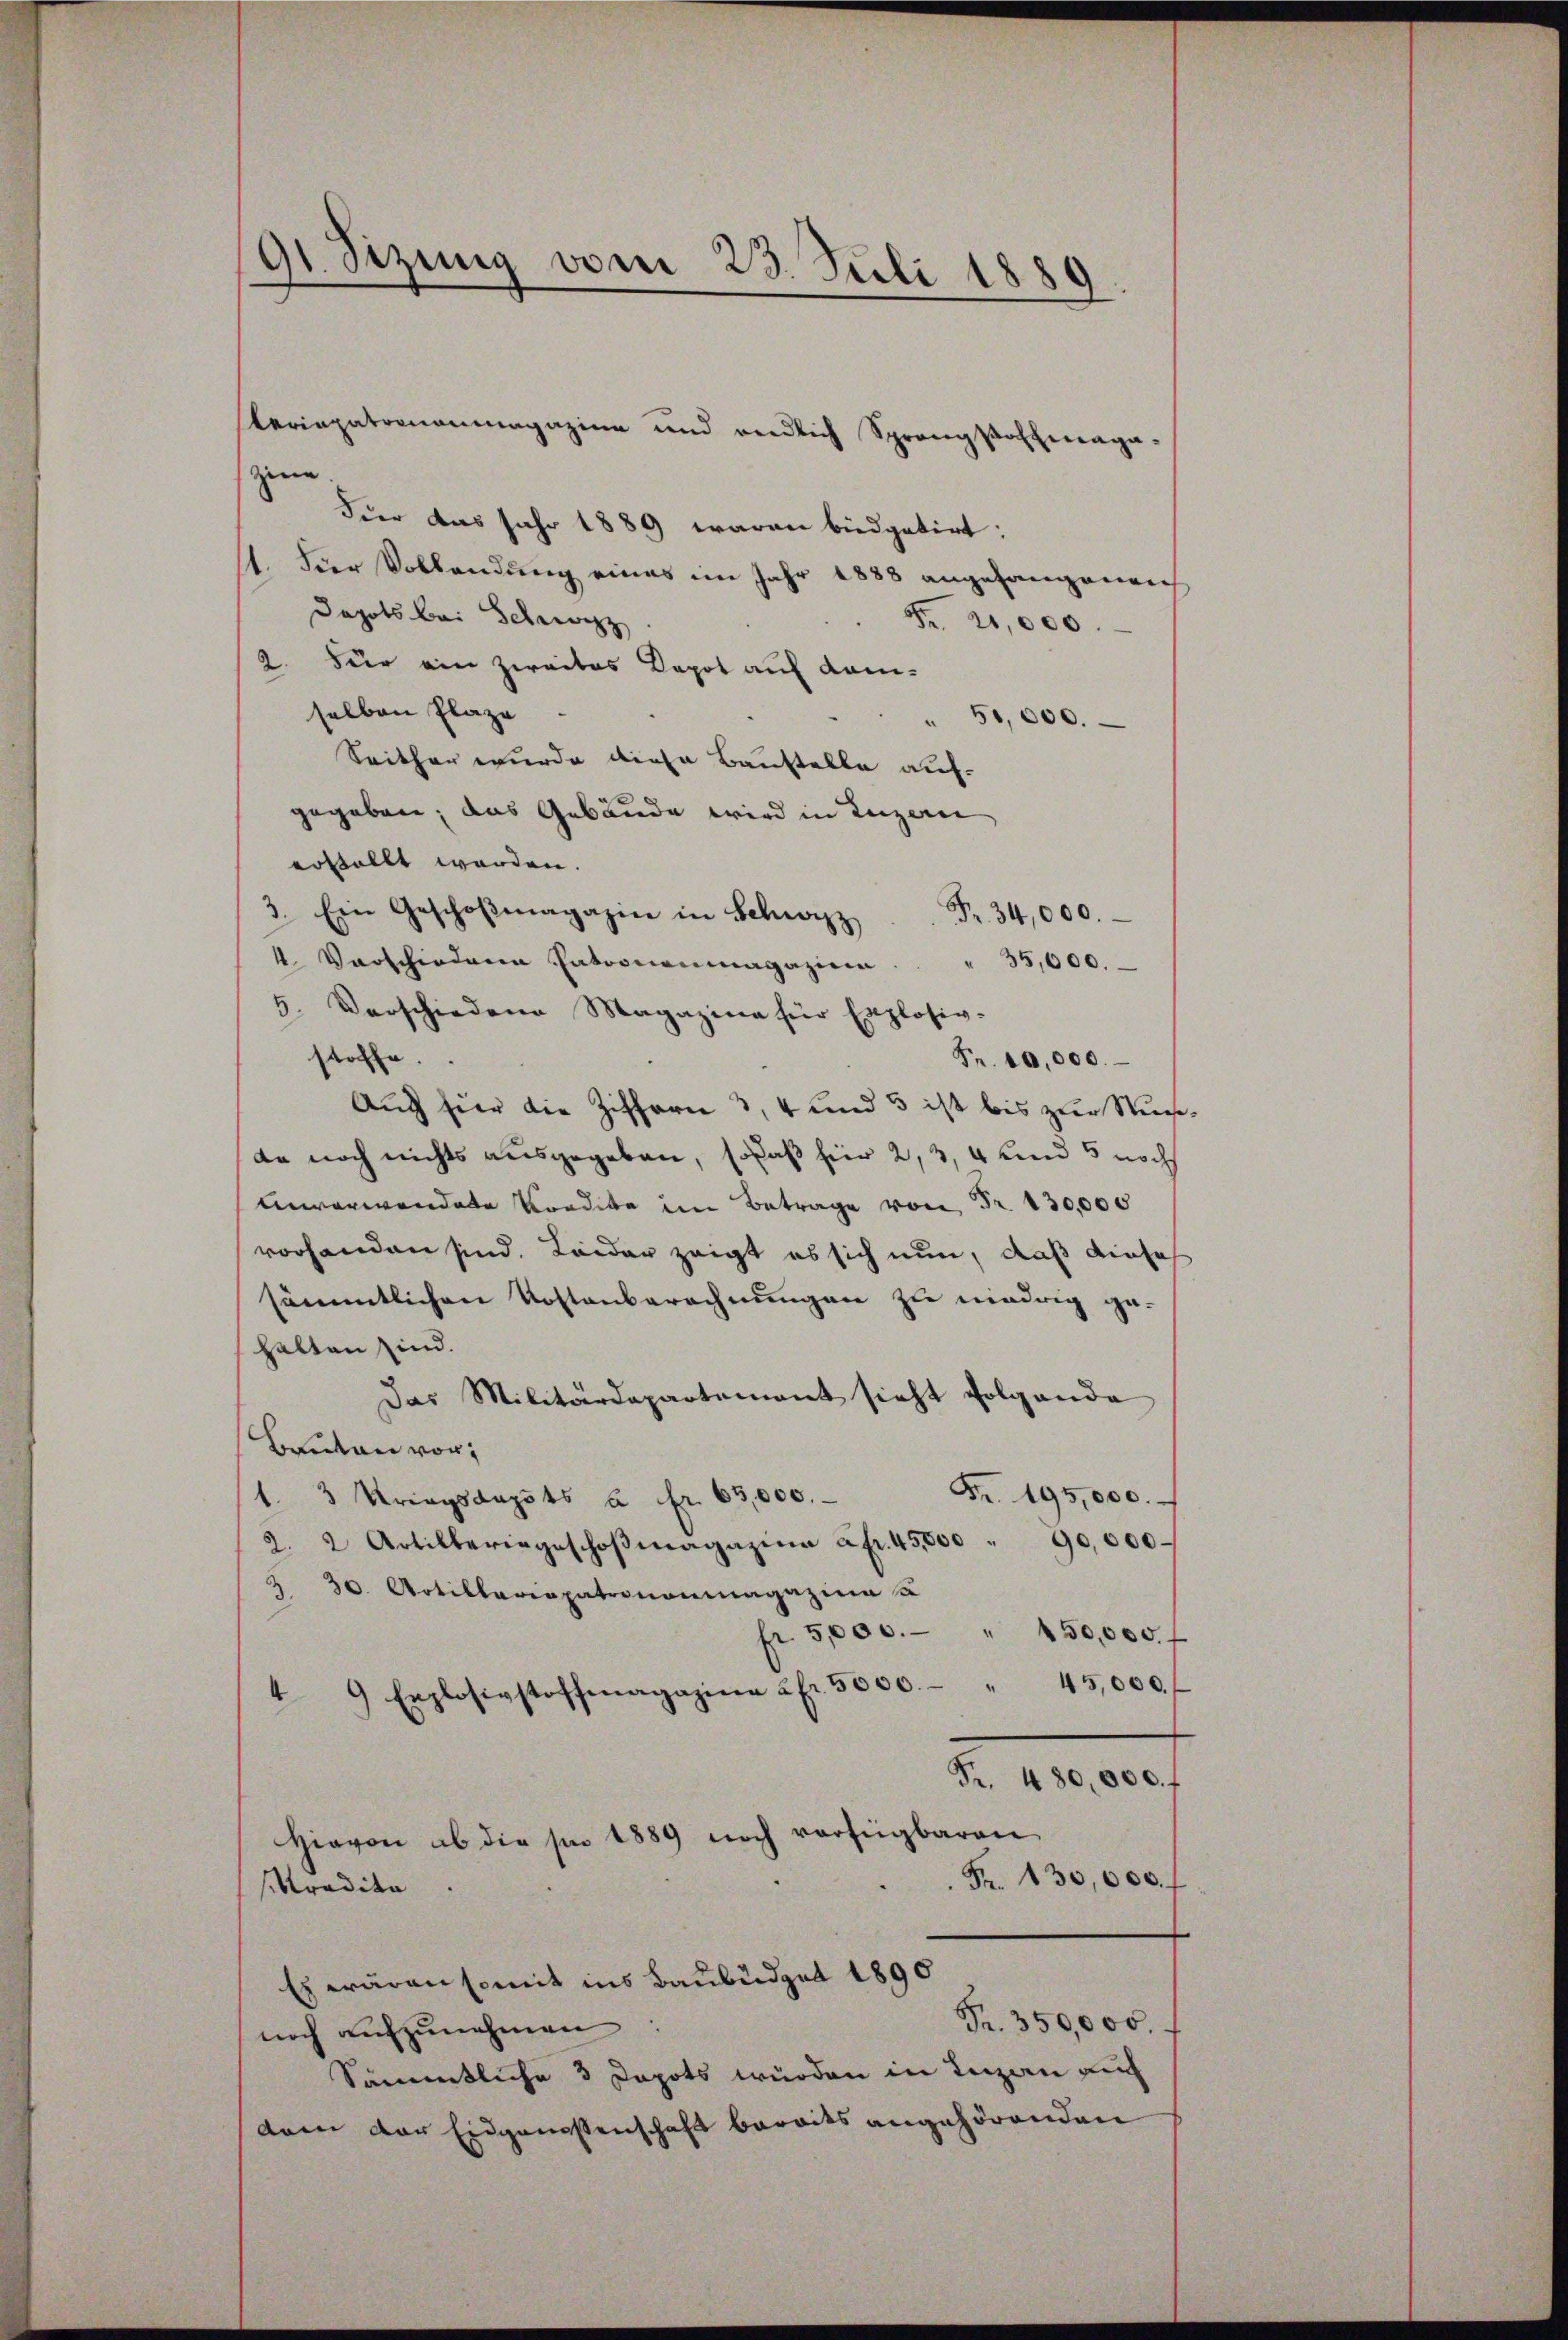
91 Sizung vom 23. Juli 1889

leriepatrononmagazine und redlich Sprangsoffmaga-
zene
Fier das sehr 1889 waren biedgetirt:
1. Dier Vollendung eines im Jahr 1888 angefangenen
Depots bei Schwyz
Fr. 20,000.
2. Für ein zweites Kapot auf demselben Plaze
50,000.
Seither wurde diese Baustelle auf-
gegeben, das Gebäude wird in Luzern,
d
erstellt werden.
3. Ein Geschoβmagazin in Schwyz. Fr. 34,000.
4. Vorschiederen Patronenmagazinen.
35,000.
5. Verschiedene Magazine für Explosiv-
stoffe.
Fr. 10,000.
Auch hier die Ziffern 3, 4 und 5 ist bis zur Suche.
da noch nichts ausgegeben, sodaß für 2, 3, 4 und 5 noch
enverwendete Kondite im Betrage von Fr. 130,000
vorhanden sind. Leider zeigt es sich nun, daß diese
sämmtlichen Kostenberechnungen zu niedrig ge-
halten sind.
Das Militärdepartement sieht folgende
Bauten vor,
Fr. 195,000.
1 3 Kriegsdapots à fr. 63,000.
2. 2 Artilleringeschoβmagazina a fr. 45,000 " 90,000
 30. Artillaria patrononmagazine u
fr. 5,000. " 150,000 f
 9 Explosigstoffmagazina 2fr. 5000. " 45,000 f
Fr. 480,000. f
Hievon ab die sie 1889 noch verfügbaren
Fr. 130,000.
siktradita
Es wären somit ins Baubüdget 1890
Fr. 350,000
noch aufzunehmen
Sämmtliche 3 Depots würden in Luzan auch
dam der Eidgenossenschaft bereits angehörenden